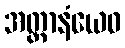
အတ္တာနံယေဝ